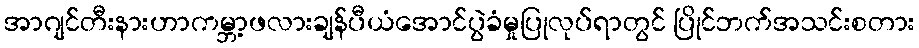
အာဂျင်တီးနားဟာကမ္ဘာ့ဖလားချန်ပီယံအောင်ပွဲခံမှုပြုလုပ်ရာတွင် ပြိုင်ဘက်အသင်းစတား